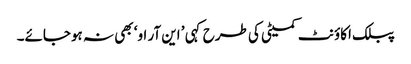
پبلک اکاؤنٹ کمیٹی کی طرح کہی ’ این آر او‘ بھی نہ ہوجائے۔